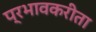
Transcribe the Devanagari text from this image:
प्रभावकरीता